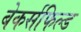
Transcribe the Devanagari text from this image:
बेकर्सफिल्ड